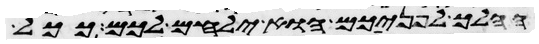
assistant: ההלך לפניכם הוא ילחם לכם ככל